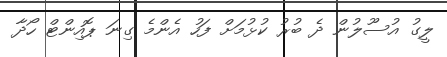
ލީގު އުސޫލުން ދެ ބުރު ކުޅުމަށް ފަހު އެންމެ ގިނަ ޕޮއިންޓް ހޯދާ